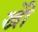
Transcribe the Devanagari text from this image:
खोें